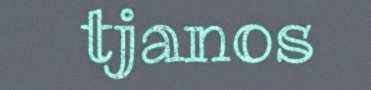
tjanos